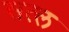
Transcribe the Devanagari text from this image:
सत्ल